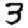
Digit: 3